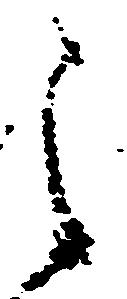
之